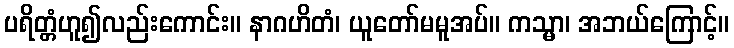
ပရိတ္တံဟူ၍လည်းကောင်း။ နာဂဟိတံ၊ ယူတော်မမူအပ်။ ကသ္မာ၊ အဘယ်ကြောင့်။